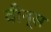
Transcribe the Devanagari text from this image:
वीन्स